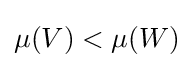
\mu (V)<\mu (W)